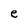
Character: e